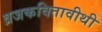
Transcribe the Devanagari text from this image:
व्रजकवितावीथी